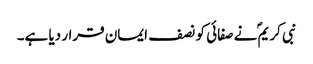
نبی کریمؐ نے صفائی کو نصف ایمان قرار دیا ہے۔